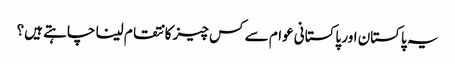
یہ پاکستان اور پاکستانی عوام سے کس چیز کا نتقام لینا چاہتے ہیں؟